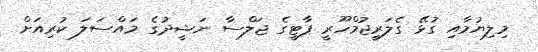
މިލިޔުމާއި ގުޅޭ ގެލަރީޖުމްހޫރީ ޕާޓީގެ ޖަލްސާ ނަޝީދުގެ މައްސަލަ ކުރިއަށް